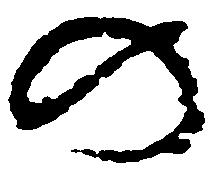
の